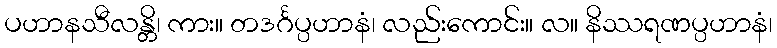
ပဟာနသီလန္တိ၊ ကား။ တဒင်္ဂပ္ပဟာနံ၊ လည်းကောင်း။ လ။ နိဿရဏပ္ပဟာနံ၊